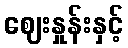
ဈေးနှုန်းနှင့်